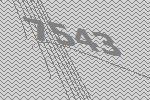
7543